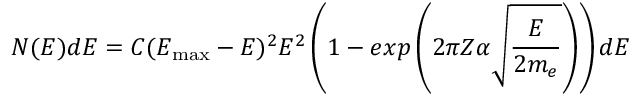
N ( E ) d E = C ( E _ { \mathrm { { m a x } } } - E ) ^ { 2 } E ^ { 2 } \left( 1 - e x p \left( 2 \pi Z \alpha \sqrt { \frac { E } { 2 m _ { e } } } \right) \right) d E